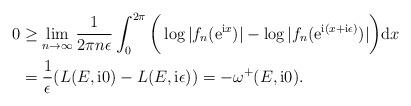
LaTeX: \begin{align*}0&\geq \lim_{n\rightarrow \infty}\frac{1}{2\pi n\epsilon}\int_{0}^{2\pi}\bigg(\log|f_{n}(\mathrm{e}^{\mathrm{i}x})|-\log|f_{n}(\mathrm{e}^{\mathrm{i}(x+\mathrm{i}\epsilon)})|\bigg)\mathrm{d}x\\&=\frac{1}{\epsilon}(L(E,\mathrm{i}0)-L(E,\mathrm{i}\epsilon))=-\omega^{+}(E,\mathrm{i}0).\end{align*}